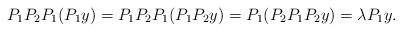
LaTeX: \begin{align*}P_1P_2P_1(P_1y) = P_1P_2P_1(P_1P_2y) = P_1(P_2P_1P_2y) = \lambda P_1y.\end{align*}